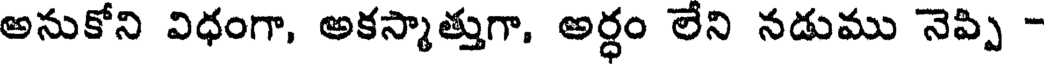
అనుకోని విధంగా, అకస్మాత్తుగా, అర్ధం లేని నడుము నెప్పి -